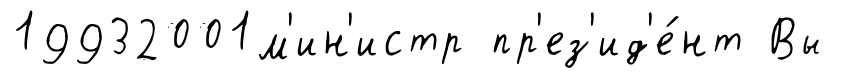
19932001м'ин'истр пр'ез'ид'е́нт Вы